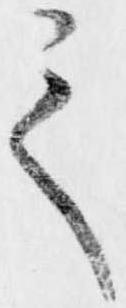
之